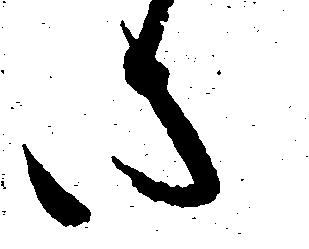
さ